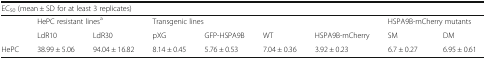
<table><thead><tr><td colspan="9"><b>EC<sub>50</sub> (mean ± SD for at least 3 replicates)</b></td></tr></thead><tbody><tr><td></td><td colspan="2">HePC resistant lines<sup>a</sup></td><td colspan="4">Transgenic lines</td><td colspan="2">HSPA9B-mCherry mutants</td></tr><tr><td></td><td>LdR10</td><td>LdR30</td><td>pXG</td><td>GFP-HSPA9B</td><td>WT</td><td>HSPA9B-mCherry</td><td>SM</td><td>DM</td></tr><tr><td>HePC</td><td>38.99 ± 5.06</td><td>94.04 ± 16.82</td><td>8.14 ± 0.45</td><td>5.76 ± 0.53</td><td>7.04 ± 0.36</td><td>3.92 ± 0.23</td><td>6.7 ± 0.27</td><td>6.95 ± 0.61</td></tr></tbody></table>